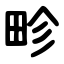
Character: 畛